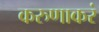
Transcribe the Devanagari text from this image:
करुणाकरं